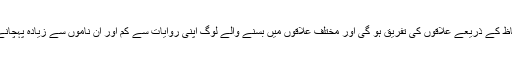
ایک تو ان الفاظ کے ذریعے علاقوں کی تفریق ہو گی اور مختلف علاقوں میں بسنے والے لوگ اپنی روایات سے کم اور ان ناموں سے زیادہ پہچانے جائیں گے۔